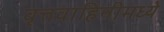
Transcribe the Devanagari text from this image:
वृत्तवाहिनीमध्ये